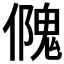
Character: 𠏁